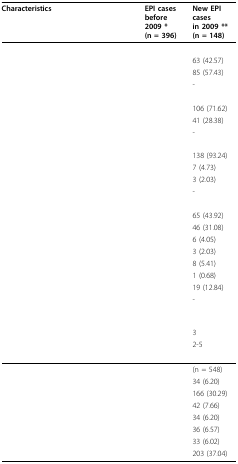
<table><thead><tr><td><b>Characteristics</b></td><td><b>EPI casesbefore 2009 *(n = 396)</b></td><td><b>New EPI casesin 2009 **(n = 148)</b></td></tr></thead><tbody><tr><td>[EMPTY_CELL]</td><td>[EMPTY_CELL]</td><td>[EMPTY_CELL]</td></tr><tr><td>[EMPTY_CELL]</td><td>[EMPTY_CELL]</td><td>63 (42.57)</td></tr><tr><td>[EMPTY_CELL]</td><td>[EMPTY_CELL]</td><td>85 (57.43)</td></tr><tr><td>[EMPTY_CELL]</td><td>[EMPTY_CELL]</td><td>-</td></tr><tr><td>[EMPTY_CELL]</td><td>[EMPTY_CELL]</td><td>[EMPTY_CELL]</td></tr><tr><td>[EMPTY_CELL]</td><td>[EMPTY_CELL]</td><td>106 (71.62)</td></tr><tr><td>[EMPTY_CELL]</td><td>[EMPTY_CELL]</td><td>41 (28.38)</td></tr><tr><td>[EMPTY_CELL]</td><td>[EMPTY_CELL]</td><td>-</td></tr><tr><td>[EMPTY_CELL]</td><td>[EMPTY_CELL]</td><td>[EMPTY_CELL]</td></tr><tr><td>[EMPTY_CELL]</td><td>[EMPTY_CELL]</td><td>138 (93.24)</td></tr><tr><td>[EMPTY_CELL]</td><td>[EMPTY_CELL]</td><td>7 (4.73)</td></tr><tr><td>[EMPTY_CELL]</td><td>[EMPTY_CELL]</td><td>3 (2.03)</td></tr><tr><td>[EMPTY_CELL]</td><td>[EMPTY_CELL]</td><td>-</td></tr><tr><td>[EMPTY_CELL]</td><td>[EMPTY_CELL]</td><td>[EMPTY_CELL]</td></tr><tr><td>[EMPTY_CELL]</td><td>[EMPTY_CELL]</td><td>65 (43.92)</td></tr><tr><td>[EMPTY_CELL]</td><td>[EMPTY_CELL]</td><td>46 (31.08)</td></tr><tr><td>[EMPTY_CELL]</td><td>[EMPTY_CELL]</td><td>6 (4.05)</td></tr><tr><td>[EMPTY_CELL]</td><td>[EMPTY_CELL]</td><td>3 (2.03)</td></tr><tr><td>[EMPTY_CELL]</td><td>[EMPTY_CELL]</td><td>8 (5.41)</td></tr><tr><td>[EMPTY_CELL]</td><td>[EMPTY_CELL]</td><td>1 (0.68)</td></tr><tr><td>[EMPTY_CELL]</td><td>[EMPTY_CELL]</td><td>19 (12.84)</td></tr><tr><td>[EMPTY_CELL]</td><td>[EMPTY_CELL]</td><td>-</td></tr><tr><td>[EMPTY_CELL]</td><td>[EMPTY_CELL]</td><td>[EMPTY_CELL]</td></tr><tr><td>[EMPTY_CELL]</td><td>[EMPTY_CELL]</td><td>3</td></tr><tr><td>[EMPTY_CELL]</td><td>[EMPTY_CELL]</td><td>2-5</td></tr><tr><td>[EMPTY_CELL]</td><td>[EMPTY_CELL]</td><td>(n = 548)</td></tr><tr><td>[EMPTY_CELL]</td><td>[EMPTY_CELL]</td><td>34 (6.20)</td></tr><tr><td>[EMPTY_CELL]</td><td>[EMPTY_CELL]</td><td>166 (30.29)</td></tr><tr><td>[EMPTY_CELL]</td><td>[EMPTY_CELL]</td><td>42 (7.66)</td></tr><tr><td>[EMPTY_CELL]</td><td>[EMPTY_CELL]</td><td>34 (6.20)</td></tr><tr><td>[EMPTY_CELL]</td><td>[EMPTY_CELL]</td><td>36 (6.57)</td></tr><tr><td>[EMPTY_CELL]</td><td>[EMPTY_CELL]</td><td>33 (6.02)</td></tr><tr><td>[EMPTY_CELL]</td><td>[EMPTY_CELL]</td><td>203 (37.04)</td></tr></tbody></table>